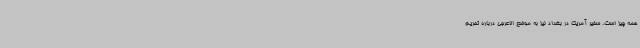
همه چیز است. سفیر آمریکا در بغداد نیز به موضع الاعرجی درباره تحریم